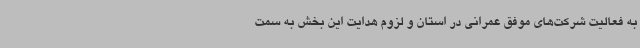
به فعالیت شرکت‌های موفق عمرانی در استان و لزوم هدایت این بخش به سمت